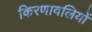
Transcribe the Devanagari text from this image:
किरणावलियों